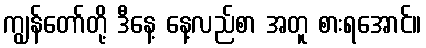
ကျွန်တော်တို့ ဒီနေ့ နေ့လည်စာ အတူ စားရအောင်။